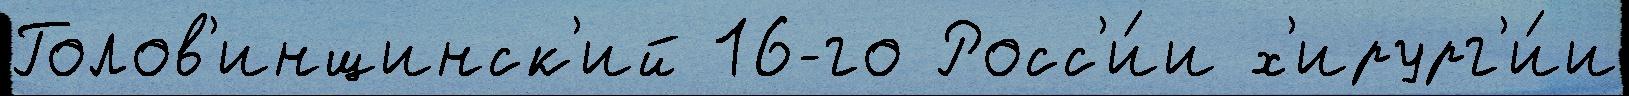
Голов'инщинск'ий 16-го Росс'и́и х'ирург'и́и